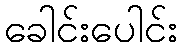
ခေါင်းပေါင်း